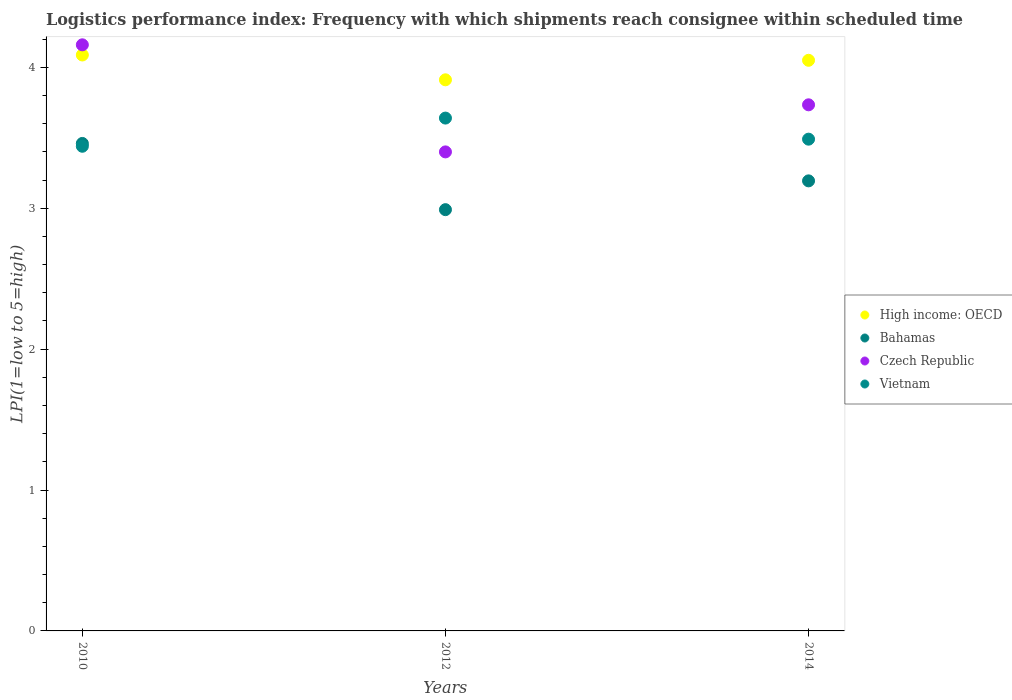
| Years | High income: OECD | Bahamas | Czech Republic | Vietnam |
 | --- | --- | --- | --- | --- |
 | 2010 | 4.09 | 3.46 | 4.16 | 3.44 |
 | 2012 | 3.91 | 2.99 | 3.4 | 3.64 |
 | 2014 | 4.05 | 3.19 | 3.73 | 3.49 |